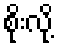
စိုးလို့